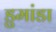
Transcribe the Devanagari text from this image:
डुमांडा